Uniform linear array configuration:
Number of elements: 4
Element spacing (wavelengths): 0.75
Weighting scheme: hann
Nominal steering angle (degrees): -45
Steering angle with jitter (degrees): -43.058
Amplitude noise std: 0.05
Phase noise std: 0.05

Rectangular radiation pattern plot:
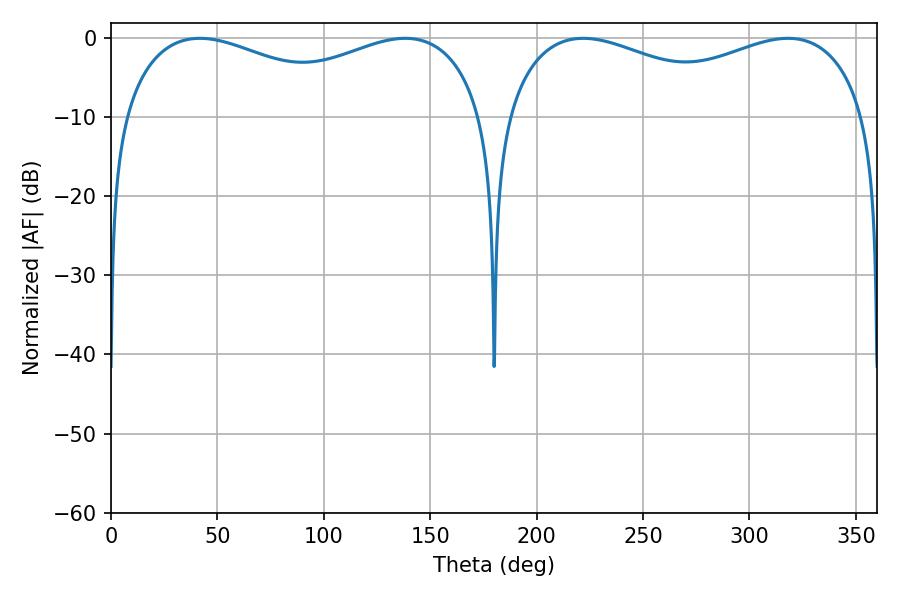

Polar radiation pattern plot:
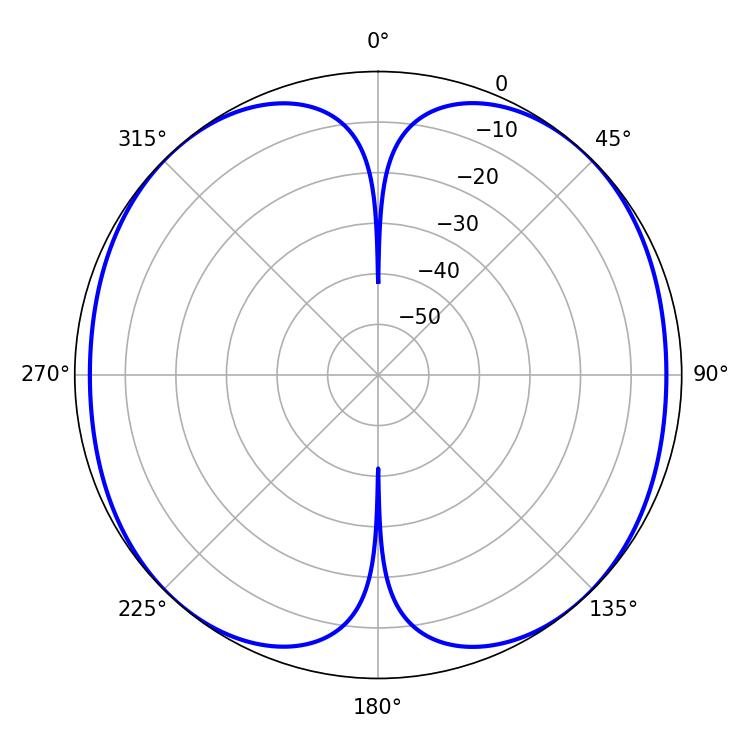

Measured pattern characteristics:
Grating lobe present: TRUE
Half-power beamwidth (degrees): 68.04
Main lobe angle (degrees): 41.76